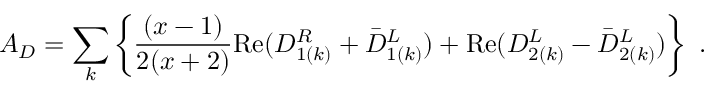
A _ { D } = \sum _ { k } \left\{ \frac { ( x - 1 ) } { 2 ( x + 2 ) } \mathrm { R e } ( { \cal D } _ { 1 ( k ) } ^ { R } + { \bar { \cal D } } _ { 1 ( k ) } ^ { L } ) + \mathrm { R e } ( { \cal D } _ { 2 ( k ) } ^ { L } - { \bar { \cal D } } _ { 2 ( k ) } ^ { L } ) \right\} ~ .